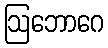
ဩဘောဂေ